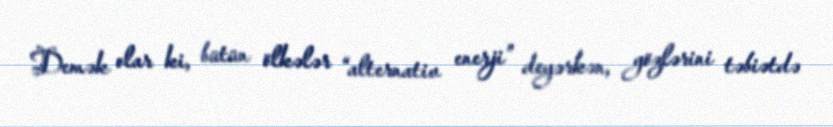
Demək olar ki, bütün ölkələr “alternativ enerji” deyərkən, gözlərini təbiətdə